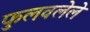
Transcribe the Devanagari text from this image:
फुलवलेले